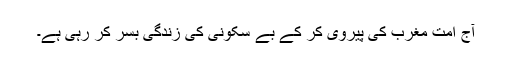
آج امت مغرب کی پیروی کر کے بے سکونی کی زندگی بسر کر رہی ہے۔